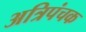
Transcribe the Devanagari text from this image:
अत्रिपंचक